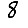
Digit: 8